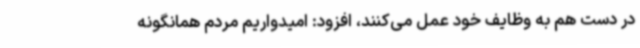
در دست هم به وظایف خود عمل می‌کنند، افزود: امیدواریم مردم همانگونه